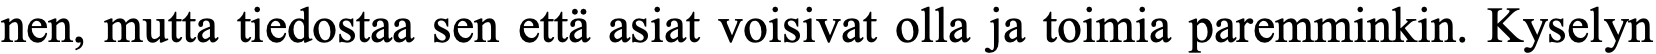
nen, mutta tiedostaa sen että asiat voisivat olla ja toimia paremminkin. Kyselyn